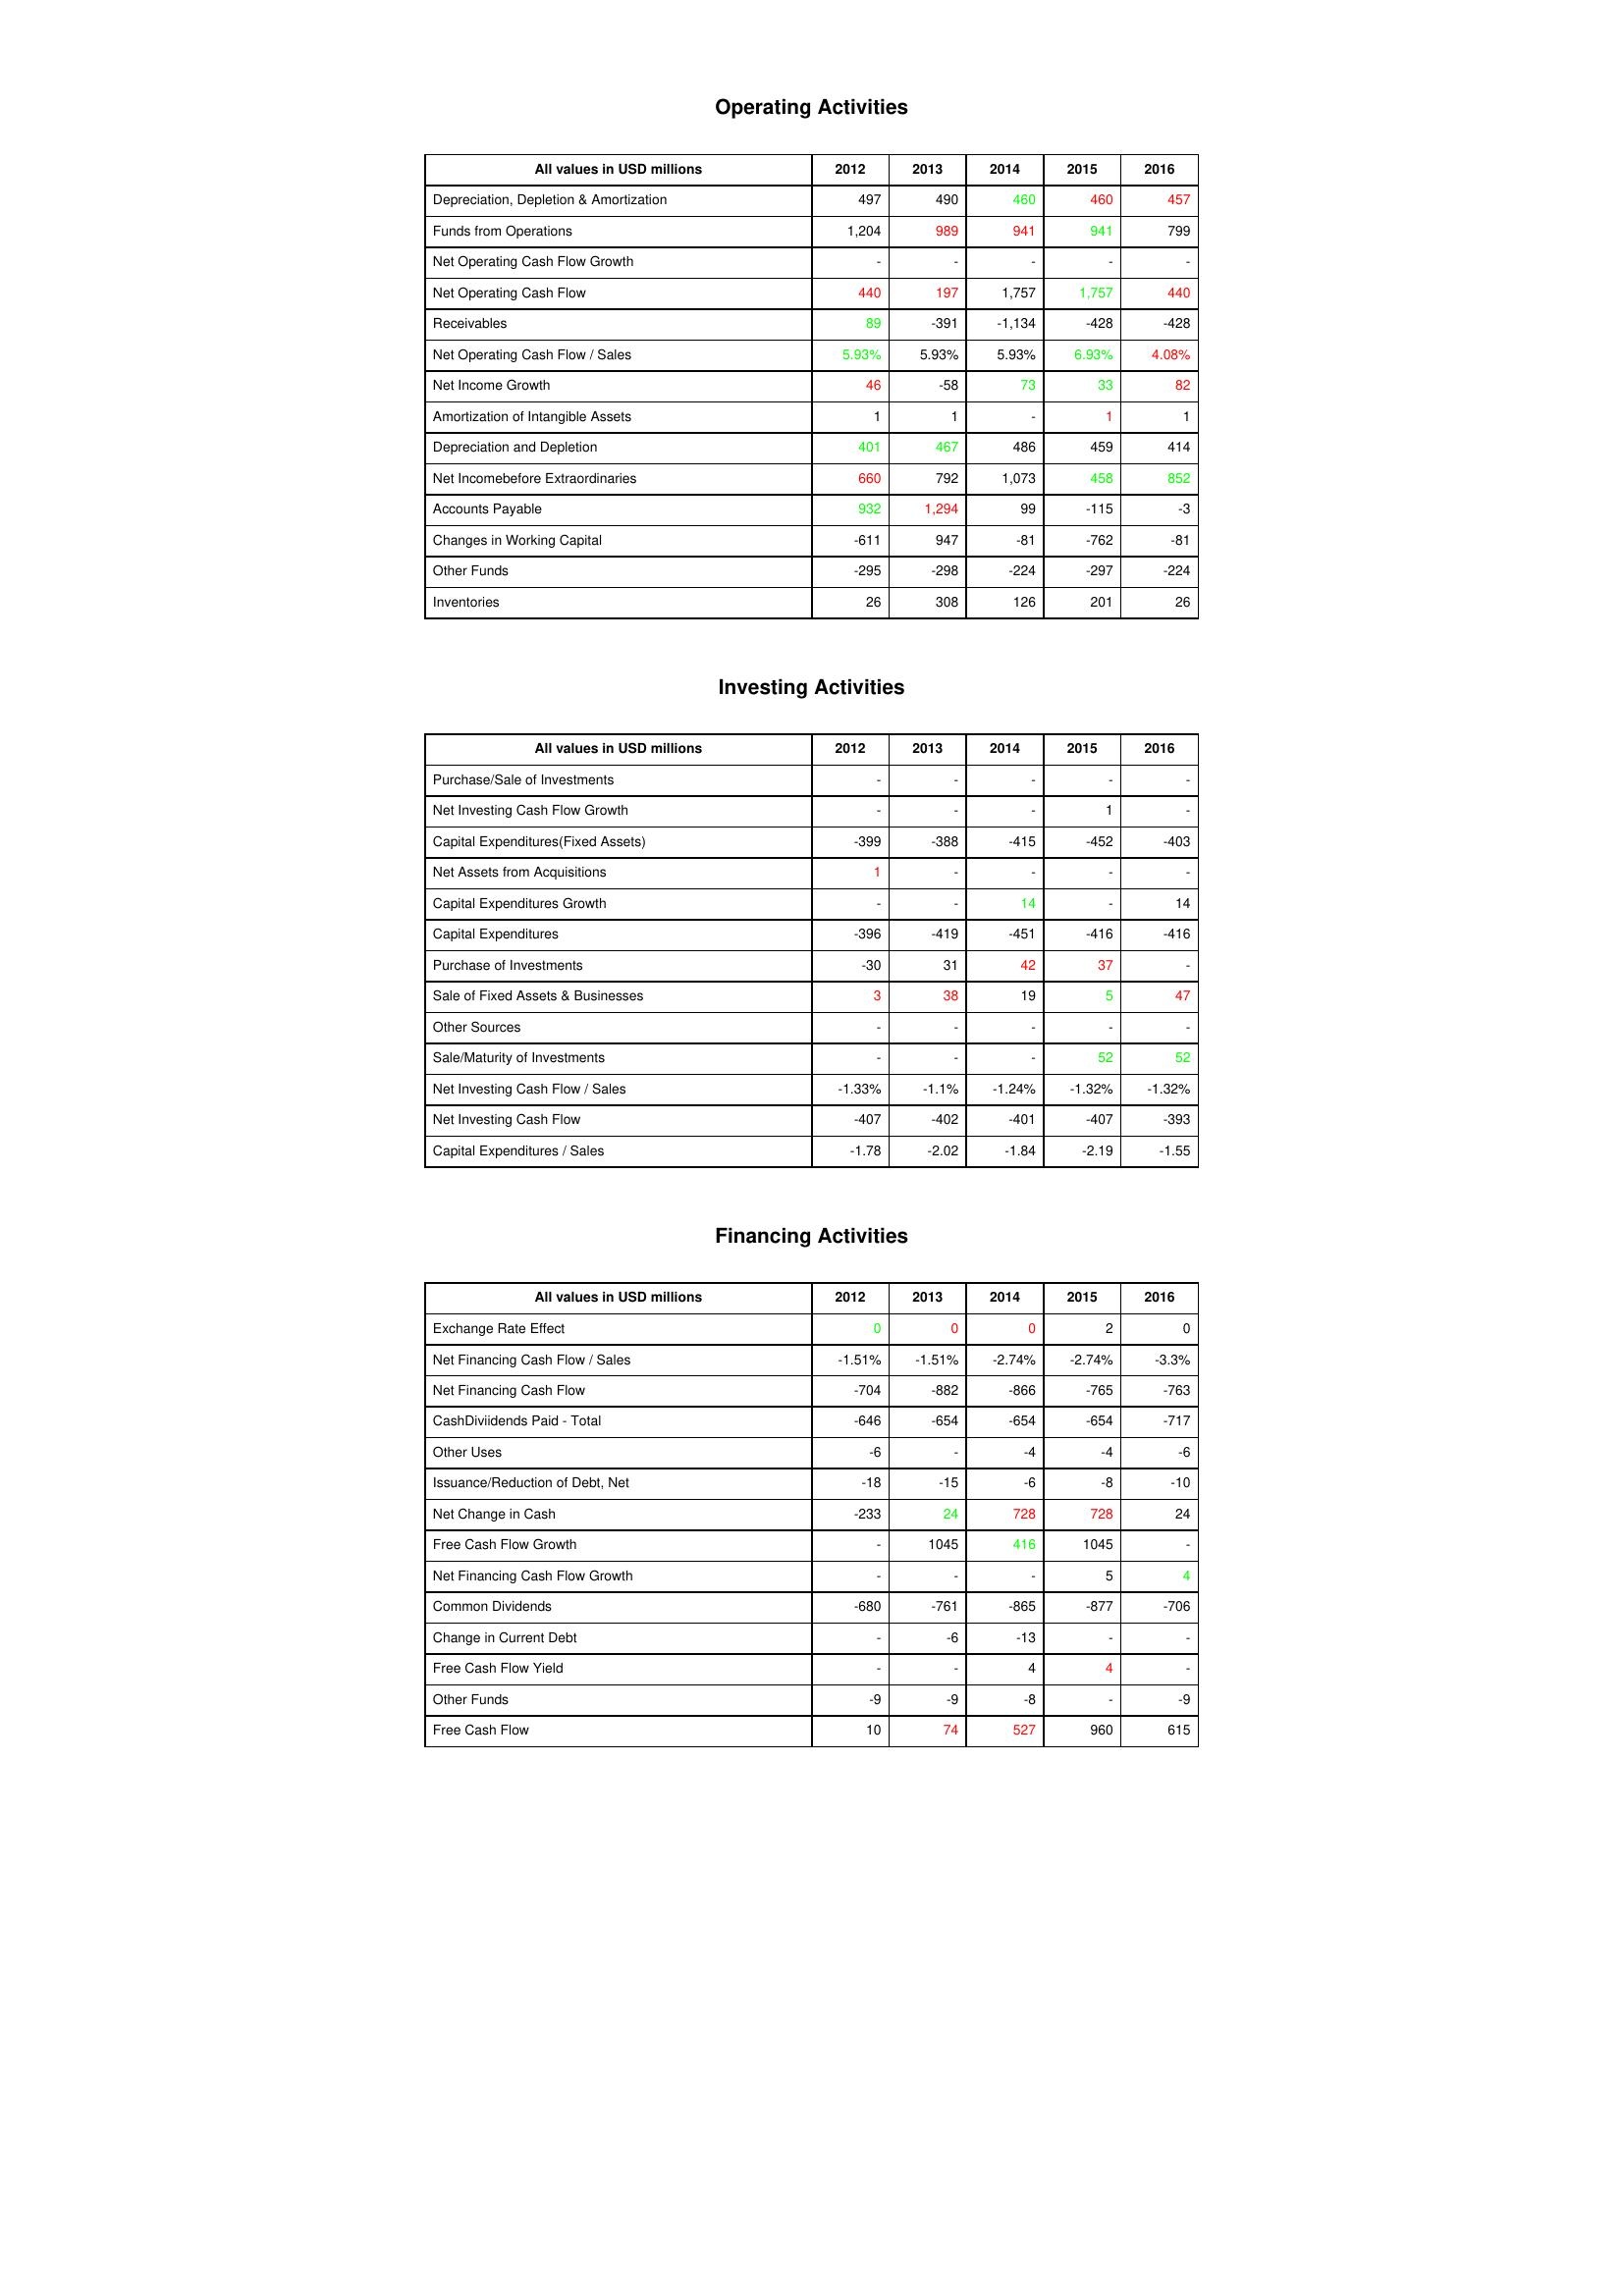
gt_parse: 2012: Operating Activities: Depreciation, Depletion & Amortization: 497
Funds from Operations: 1,204
Net Operating Cash Flow Growth: -
Net Operating Cash Flow: 440
Receivables: 89
Net Operating Cash Flow / Sales: 5.93%
Net Income Growth: 46
Amortization of Intangible Assets: 1
Depreciation and Depletion: 401
Net Incomebefore Extraordinaries: 660
Accounts Payable: 932
Changes in Working Capital: -611
Other Funds: -295
Inventories: 26
Investing Activities: Purchase/Sale of Investments: -
Net Investing Cash Flow Growth: -
Capital Expenditures(Fixed Assets): -399
Net Assets from Acquisitions: 1
Capital Expenditures Growth: -
Capital Expenditures: -396
Purchase of Investments: -30
Sale of Fixed Assets & Businesses: 3
Other Sources: -
Sale/Maturity of Investments: -
Net Investing Cash Flow / Sales: -1.33%
Net Investing Cash Flow: -407
Capital Expenditures / Sales: -1.78
Financing Activities: Exchange Rate Effect: 0
Net Financing Cash Flow / Sales: -1.51%
Net Financing Cash Flow: -704
CashDiviidends Paid - Total: -646
Other Uses: -6
Issuance/Reduction of Debt, Net: -18
Net Change in Cash: -233
Free Cash Flow Growth: -
Net Financing Cash Flow Growth: -
Common Dividends: -680
Change in Current Debt: -
Free Cash Flow Yield: -
Other Funds: -9
Free Cash Flow: 10
2013: Operating Activities: Depreciation, Depletion & Amortization: 490
Funds from Operations: 989
Net Operating Cash Flow Growth: -
Net Operating Cash Flow: 197
Receivables: -391
Net Operating Cash Flow / Sales: 5.93%
Net Income Growth: -58
Amortization of Intangible Assets: 1
Depreciation and Depletion: 467
Net Incomebefore Extraordinaries: 792
Accounts Payable: 1,294
Changes in Working Capital: 947
Other Funds: -298
Inventories: 308
Investing Activities: Purchase/Sale of Investments: -
Net Investing Cash Flow Growth: -
Capital Expenditures(Fixed Assets): -388
Net Assets from Acquisitions: -
Capital Expenditures Growth: -
Capital Expenditures: -419
Purchase of Investments: 31
Sale of Fixed Assets & Businesses: 38
Other Sources: -
Sale/Maturity of Investments: -
Net Investing Cash Flow / Sales: -1.1%
Net Investing Cash Flow: -402
Capital Expenditures / Sales: -2.02
Financing Activities: Exchange Rate Effect: 0
Net Financing Cash Flow / Sales: -1.51%
Net Financing Cash Flow: -882
CashDiviidends Paid - Total: -654
Other Uses: -
Issuance/Reduction of Debt, Net: -15
Net Change in Cash: 24
Free Cash Flow Growth: 1045
Net Financing Cash Flow Growth: -
Common Dividends: -761
Change in Current Debt: -6
Free Cash Flow Yield: -
Other Funds: -9
Free Cash Flow: 74
2014: Operating Activities: Depreciation, Depletion & Amortization: 460
Funds from Operations: 941
Net Operating Cash Flow Growth: -
Net Operating Cash Flow: 1,757
Receivables: -1,134
Net Operating Cash Flow / Sales: 5.93%
Net Income Growth: 73
Amortization of Intangible Assets: -
Depreciation and Depletion: 486
Net Incomebefore Extraordinaries: 1,073
Accounts Payable: 99
Changes in Working Capital: -81
Other Funds: -224
Inventories: 126
Investing Activities: Purchase/Sale of Investments: -
Net Investing Cash Flow Growth: -
Capital Expenditures(Fixed Assets): -415
Net Assets from Acquisitions: -
Capital Expenditures Growth: 14
Capital Expenditures: -451
Purchase of Investments: 42
Sale of Fixed Assets & Businesses: 19
Other Sources: -
Sale/Maturity of Investments: -
Net Investing Cash Flow / Sales: -1.24%
Net Investing Cash Flow: -401
Capital Expenditures / Sales: -1.84
Financing Activities: Exchange Rate Effect: 0
Net Financing Cash Flow / Sales: -2.74%
Net Financing Cash Flow: -866
CashDiviidends Paid - Total: -654
Other Uses: -4
Issuance/Reduction of Debt, Net: -6
Net Change in Cash: 728
Free Cash Flow Growth: 416
Net Financing Cash Flow Growth: -
Common Dividends: -865
Change in Current Debt: -13
Free Cash Flow Yield: 4
Other Funds: -8
Free Cash Flow: 527
2015: Operating Activities: Depreciation, Depletion & Amortization: 460
Funds from Operations: 941
Net Operating Cash Flow Growth: -
Net Operating Cash Flow: 1,757
Receivables: -428
Net Operating Cash Flow / Sales: 6.93%
Net Income Growth: 33
Amortization of Intangible Assets: 1
Depreciation and Depletion: 459
Net Incomebefore Extraordinaries: 458
Accounts Payable: -115
Changes in Working Capital: -762
Other Funds: -297
Inventories: 201
Investing Activities: Purchase/Sale of Investments: -
Net Investing Cash Flow Growth: 1
Capital Expenditures(Fixed Assets): -452
Net Assets from Acquisitions: -
Capital Expenditures Growth: -
Capital Expenditures: -416
Purchase of Investments: 37
Sale of Fixed Assets & Businesses: 5
Other Sources: -
Sale/Maturity of Investments: 52
Net Investing Cash Flow / Sales: -1.32%
Net Investing Cash Flow: -407
Capital Expenditures / Sales: -2.19
Financing Activities: Exchange Rate Effect: 2
Net Financing Cash Flow / Sales: -2.74%
Net Financing Cash Flow: -765
CashDiviidends Paid - Total: -654
Other Uses: -4
Issuance/Reduction of Debt, Net: -8
Net Change in Cash: 728
Free Cash Flow Growth: 1045
Net Financing Cash Flow Growth: 5
Common Dividends: -877
Change in Current Debt: -
Free Cash Flow Yield: 4
Other Funds: -
Free Cash Flow: 960
2016: Operating Activities: Depreciation, Depletion & Amortization: 457
Funds from Operations: 799
Net Operating Cash Flow Growth: -
Net Operating Cash Flow: 440
Receivables: -428
Net Operating Cash Flow / Sales: 4.08%
Net Income Growth: 82
Amortization of Intangible Assets: 1
Depreciation and Depletion: 414
Net Incomebefore Extraordinaries: 852
Accounts Payable: -3
Changes in Working Capital: -81
Other Funds: -224
Inventories: 26
Investing Activities: Purchase/Sale of Investments: -
Net Investing Cash Flow Growth: -
Capital Expenditures(Fixed Assets): -403
Net Assets from Acquisitions: -
Capital Expenditures Growth: 14
Capital Expenditures: -416
Purchase of Investments: -
Sale of Fixed Assets & Businesses: 47
Other Sources: -
Sale/Maturity of Investments: 52
Net Investing Cash Flow / Sales: -1.32%
Net Investing Cash Flow: -393
Capital Expenditures / Sales: -1.55
Financing Activities: Exchange Rate Effect: 0
Net Financing Cash Flow / Sales: -3.3%
Net Financing Cash Flow: -763
CashDiviidends Paid - Total: -717
Other Uses: -6
Issuance/Reduction of Debt, Net: -10
Net Change in Cash: 24
Free Cash Flow Growth: -
Net Financing Cash Flow Growth: 4
Common Dividends: -706
Change in Current Debt: -
Free Cash Flow Yield: -
Other Funds: -9
Free Cash Flow: 615